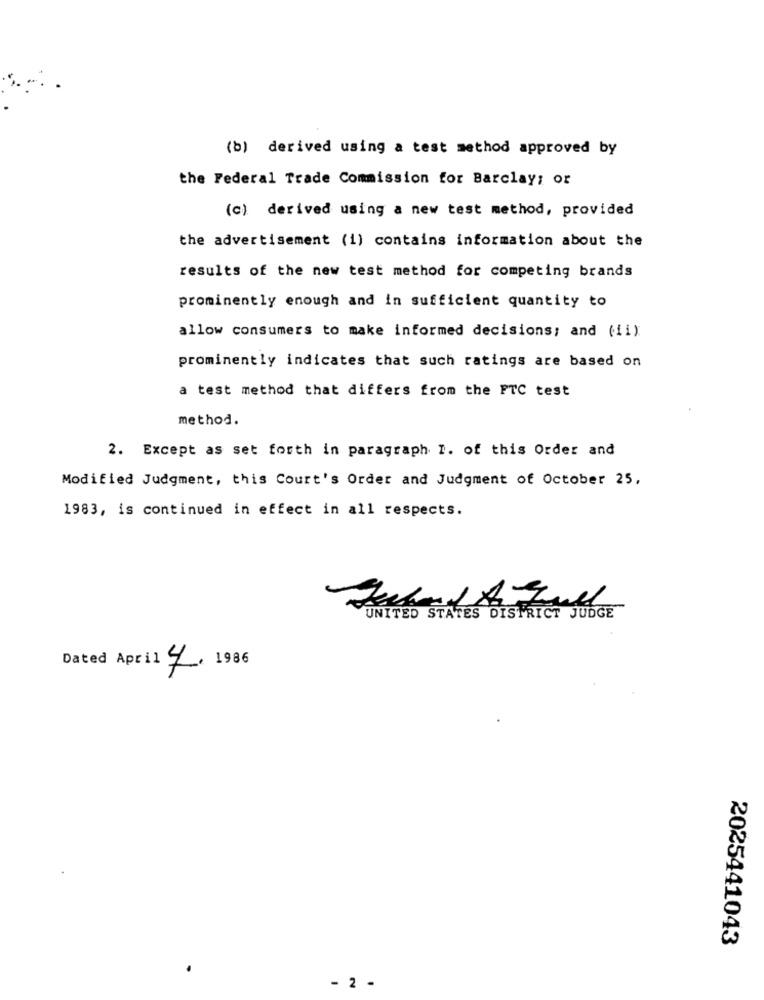
(b) derived using a test method approved by
the Federal Trade Commission for Barclay; or
(c) derived using a new test method, provided
the advertisement (i) contains information about the
results of the new test method for competing brands
prominently enough and in sufficient quantity to
allow consumers to make informed decisions; and (ii)
prominently indicates that such ratings are based on
a test method that differs from the FTC test
method.
2. Except as set forth in paragraph I. of this Order and
Modified Judgment, this Court's Order and Judgment of October 25,
1983, is continued in effect in all respects.
UNITED STATES DISTRICT JUDGE
Dated April 4. 1986
2025441043
- 2 -